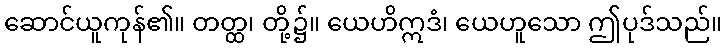
ဆောင်ယူကုန်၏။ တတ္ထ၊ တို့၌။ ယေဟိဣဒံ၊ ယေဟူသော ဤပုဒ်သည်။